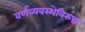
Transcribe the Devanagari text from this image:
वर्णव्यवस्थेविरुद्ध